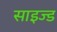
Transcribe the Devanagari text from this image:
साइज्ड